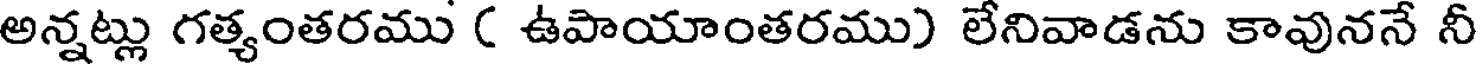
అన్నట్లు గత్యంతరము ( ఉపాయాంతరము) లేనివాడను కావుననే నీ